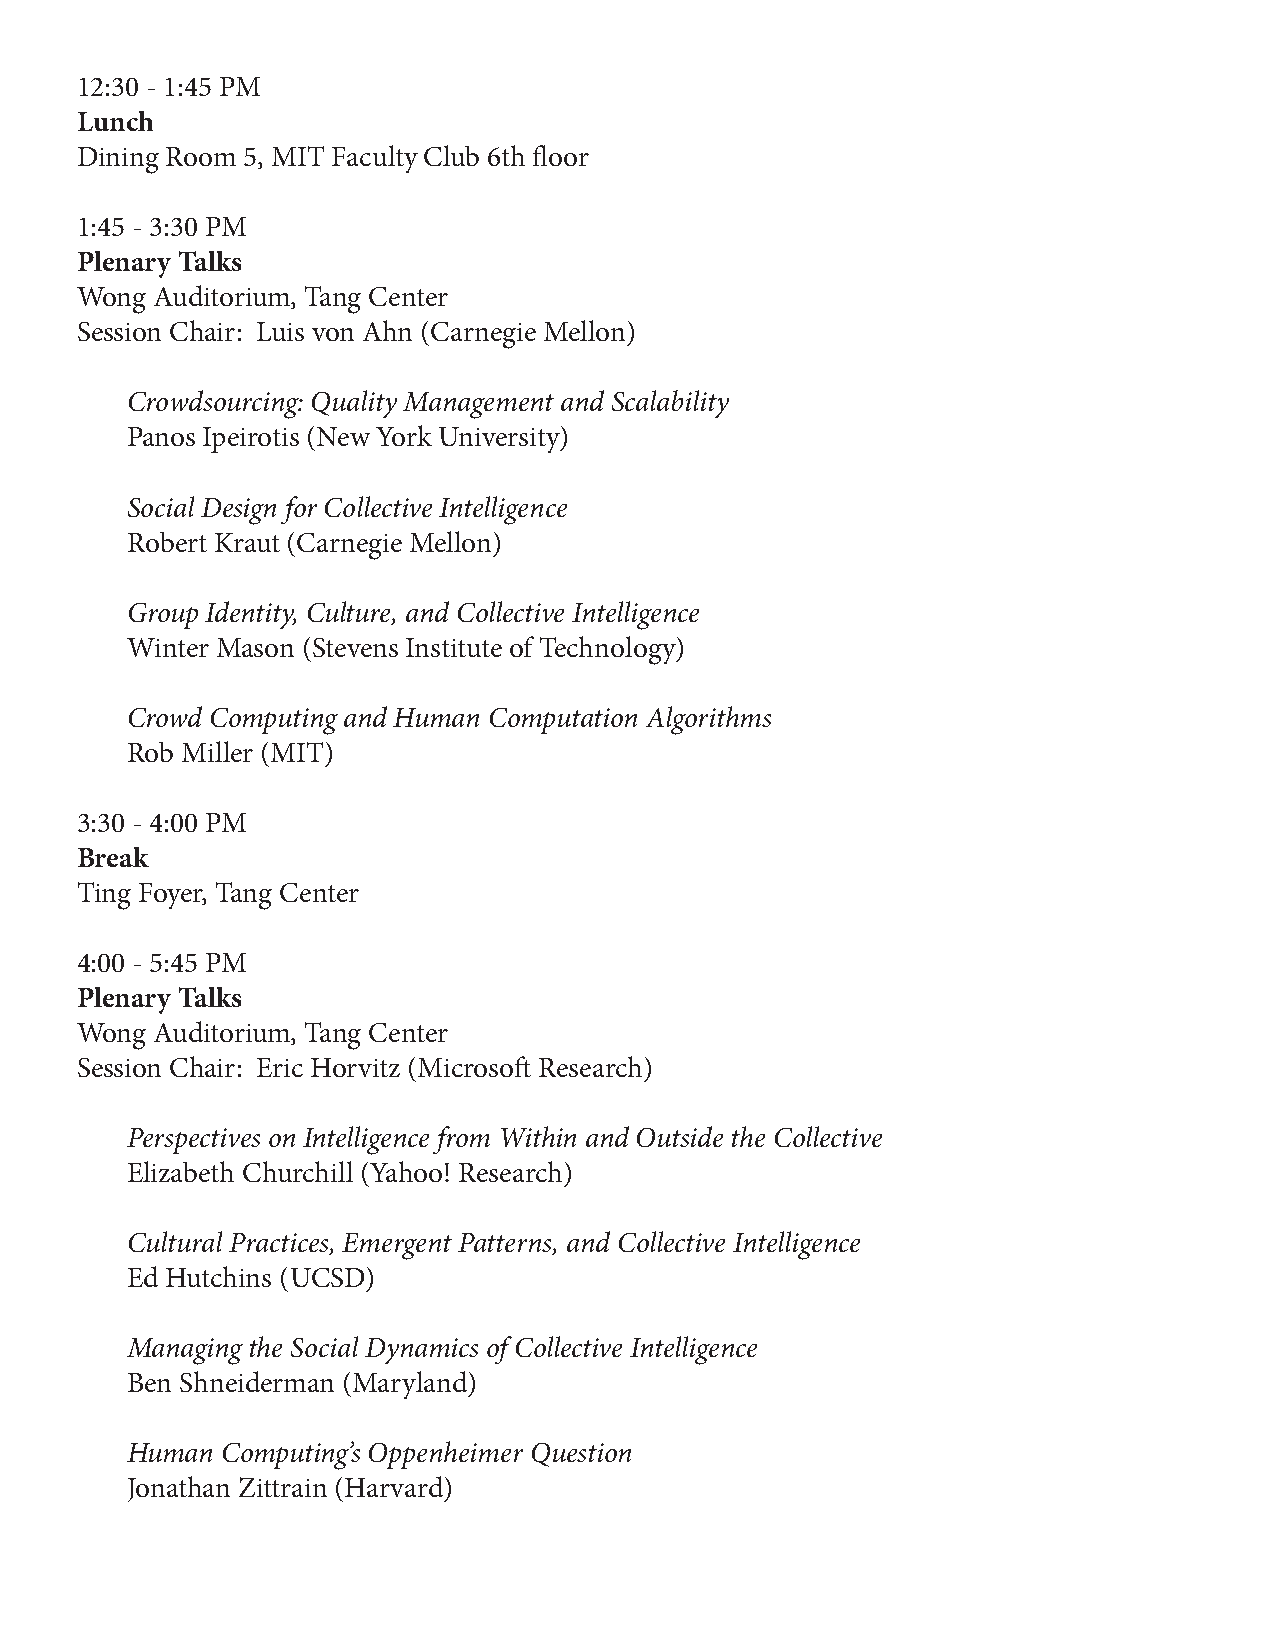
12:30 - 1:45 PM
 Lunch
 Dining Room 5, MIT Faculty Club 6th floor
 1:45 - 3:30 PM
 Plenary Talks
 Wong Auditorium, Tang Center
 Session Chair: Luis von Ahn (Carnegie Mellon)
 Crowdsourcing: Quality Management and Scalability
 Panos Ipeirotis (New York University)
 Social Design for Collective Intelligence
 Robert Kraut (Carnegie Mellon)
 Group Identity, Culture, and Collective Intelligence
 Winter Mason (Stevens Institute of Technology)
 Crowd Computing and Human Computation Algorithms
 Rob Miller (MIT)
 3:30 - 4:00 PM
 Break
 Ting Foyer, Tang Center
 4:00 - 5:45 PM
 Plenary Talks
 Wong Auditorium, Tang Center
 Session Chair: Eric Horvitz (Microsoft Research)
 Perspectives on Intelligence from Within and Outside the Collective
 Elizabeth Churchill (Yahoo! Research)
 Cultural Practices, Emergent Patterns, and Collective Intelligence
 Ed Hutchins (UCSD)
 Managing the Social Dynamics of Collective Intelligence
 Ben Shneiderman (Maryland)
 Human  Computing’s Oppenheimer Question
 Jonathan Zittrain (Harvard)